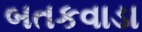
બતકવાડા